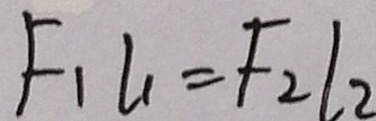
F _ { 1 } l _ { 1 } = f _ { 2 } \vert _ { 2 }